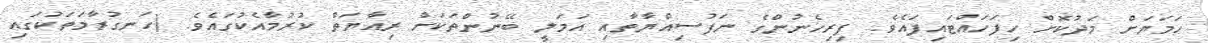
ހަމަޔަށް މަދުކޮށް ހިފަހައްޓައިފައެވެ. ފިރިހެނުންގެ ނަފުސިއްޔާތާއި އަމަލީ ބޭނުންތަކަށް ރިއާޔަތް ކުރުމާއެކުގައެވެ. (ހަނގުރާމަތަކުގައި